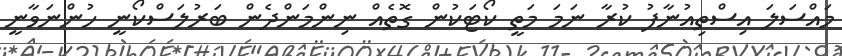
މައްސަލަ އިސްތިއުނާފު ކުރާ ނަމަ މަތީ ކޯޓަކުން ގޮތެއް ނިންމަންދެން ބަރުލަސްކޯނީ ހުންނަވާނީ